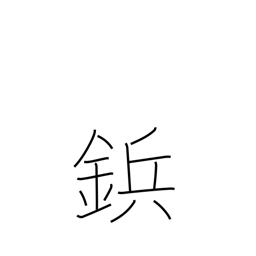
Meaning: rivet